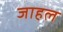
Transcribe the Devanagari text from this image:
जाहल